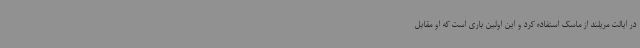
در ایالت مریلند از ماسک استفاده کرد و این اولین باری است که او مقابل